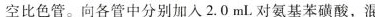
空比色管。向各管中分别加入2.0mL对氨基苯磺酸，混